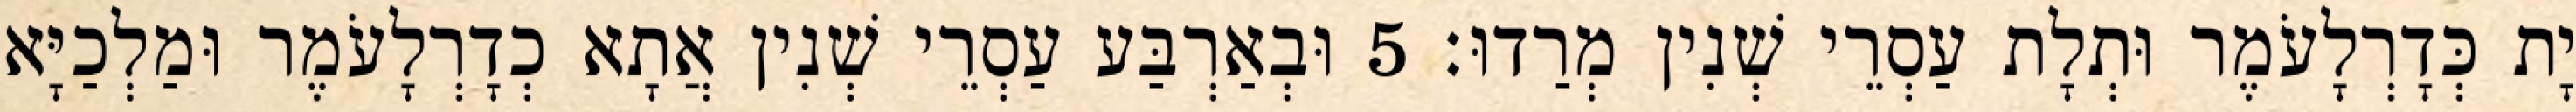
יָת כְּדָרְלָעֹמֶר וּתְלָת עַסְרֵי שְׁנִין מְרַדוּ׃ 5 וּבְאַרְבַּע עַסְרֵי שְׁנִין אֲתָא כְדָרְלָעֹמֶר וּמַלְכַיָּא